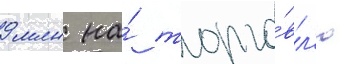
9 млн на́ торго́вл'ю